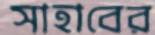
সাহাবের